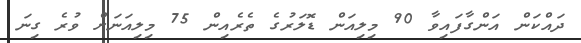
ދައްކަން އަންގާފައިވާ 90 މިލިއަން ޑޮލަރުގެ ތެރެއިން 75 މިލިއަނަށް ވުރެ ގިނަ